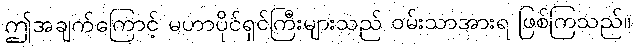
ဤအချက်ကြောင့် မဟာပိုင်ရှင်ကြီးများသည် ဝမ်းသာအားရ ဖြစ်ကြသည်။